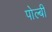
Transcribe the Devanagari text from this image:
पोल्बी